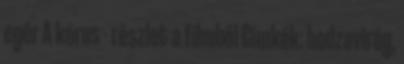
egér A kórus - részlet a filmből Címkék: bodzavirág,